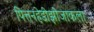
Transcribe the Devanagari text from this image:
पित्तनहेडीझोजाकला